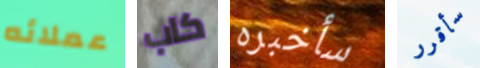
عملائه كاب سأخبره سأقرر